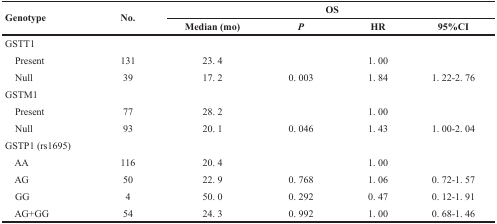
<table><thead><tr><td rowspan="2"><b>Genotype</b></td><td rowspan="2"><b>No.</b></td><td colspan="4"><b>OS</b></td></tr><tr><td><b>Median (mo)</b></td><td><b><i>P</i></b></td><td><b>HR</b></td><td><b>95%CI</b></td></tr></thead><tbody><tr><td>GSTT1</td><td></td><td></td><td></td><td></td><td></td></tr><tr><td> Present</td><td>131</td><td>23. 4</td><td></td><td>1. 00</td><td></td></tr><tr><td> Null</td><td>39</td><td>17. 2</td><td>0. 003</td><td>1. 84</td><td>1. 22-2. 76</td></tr><tr><td>GSTM1</td><td></td><td></td><td></td><td></td><td></td></tr><tr><td> Present</td><td>77</td><td>28. 2</td><td></td><td>1. 00</td><td></td></tr><tr><td> Null</td><td>93</td><td>20. 1</td><td>0. 046</td><td>1. 43</td><td>1. 00-2. 04</td></tr><tr><td>GSTP1 (rs1695)</td><td></td><td></td><td></td><td></td><td></td></tr><tr><td> AA</td><td>116</td><td>20. 4</td><td></td><td>1. 00</td><td></td></tr><tr><td> AG</td><td>50</td><td>22. 9</td><td>0. 768</td><td>1. 06</td><td>0. 72-1. 57</td></tr><tr><td> GG</td><td>4</td><td>50. 0</td><td>0. 292</td><td>0. 47</td><td>0. 12-1. 91</td></tr><tr><td> AG+GG</td><td>54</td><td>24. 3</td><td>0. 992</td><td>1. 00</td><td>0. 68-1. 46</td></tr></tbody></table>